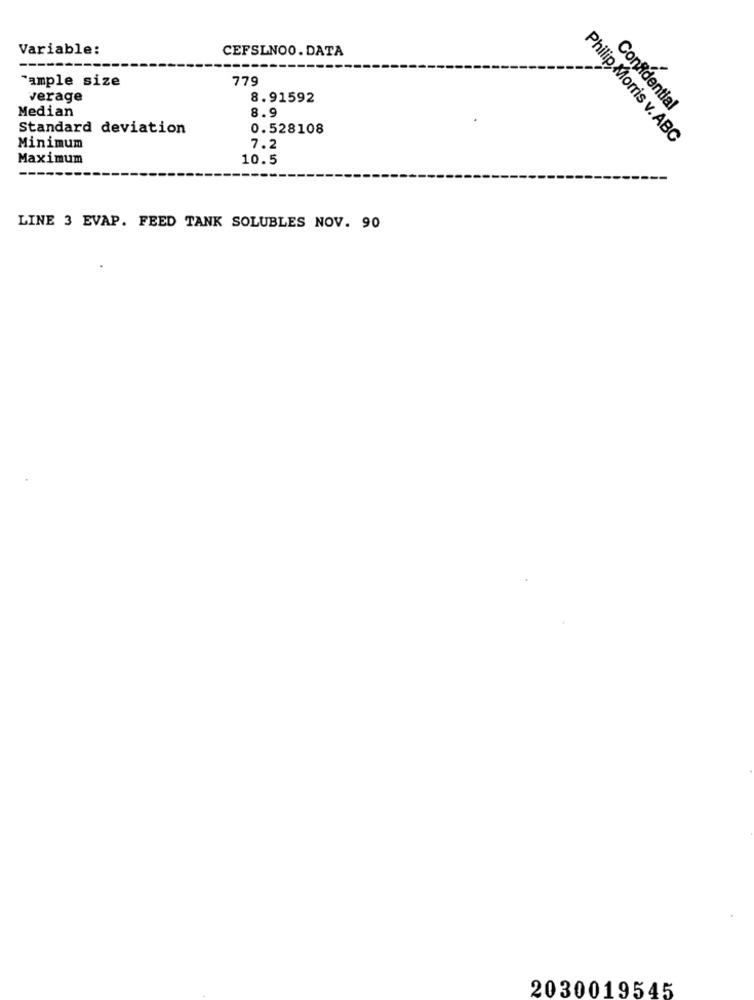
Variable:
CEFSLNOO. DATA
sample size
779
verage
8.91592
Median
Confidential
8.9
Standard deviation
0.528108
Philip Morris v. ABC
Minimum
7.2
Maximum
10.5
LINE 3 EVAP. FEED TANK SOLUBLES NOV. 90
2030019545